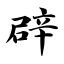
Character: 辟